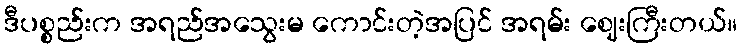
ဒီပစ္စည်းက အရည်အသွေးမ ကောင်းတဲ့အပြင် အရမ်း ဈေးကြီးတယ်။